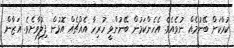
ކުރާކަށް ބޭނުމެއް ނުވެއެވެ. އެހެންކަމުން ބޭނުންވީ ހުރިހާ އެއްޗެއް އޮޅުން ފިލުވާށެވެ. އަޒާން